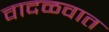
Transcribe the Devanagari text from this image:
वादळवात